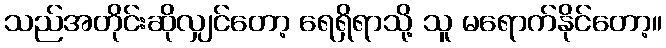
သည်အတိုင်းဆိုလျှင်တော့ ရေရှိရာသို့ သူ မရောက်နိုင်တော့။